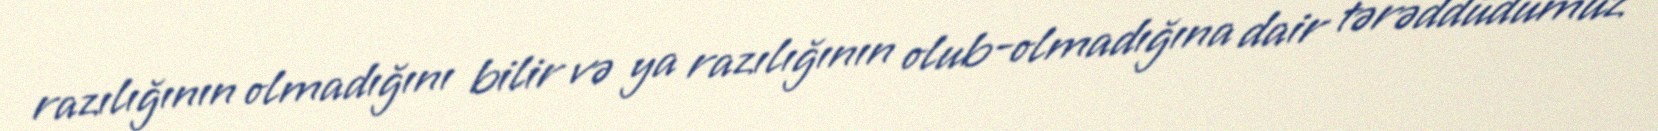
razılığının olmadığını bilir və ya razılığının olub-olmadığına dair tərəddüdümüz